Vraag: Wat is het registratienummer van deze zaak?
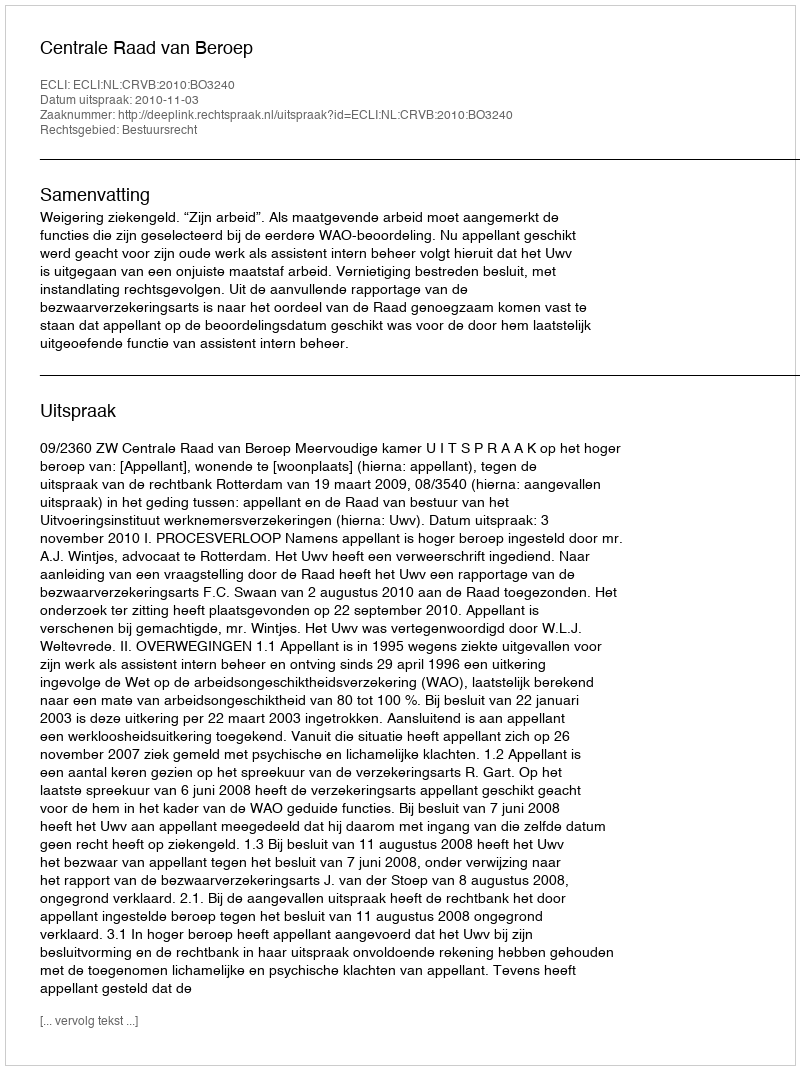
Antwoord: http://deeplink.rechtspraak.nl/uitspraak?id=ECLI:NL:CRVB:2010:BO3240